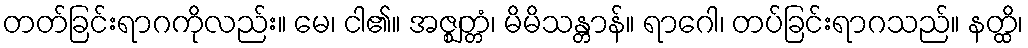
တတ်ခြင်းရာဂကိုလည်း။ မေ၊ ငါ၏။ အဇ္ဈတ္တံ၊ မိမိသန္တာန်။ ရာဂေါ၊ တပ်ခြင်းရာဂသည်။ နတ္ထိ၊